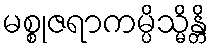
မစ္စုဇရာကမ္ပိသ္မိန္တိ